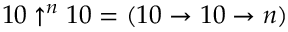
1 0 \uparrow ^ { n } 1 0 = ( 1 0 \to 1 0 \to n )